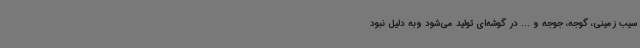
سیب زمینی، گوجه، جوجه و ... در گوشه‌ای تولید می‌شود وبه دلیل نبود